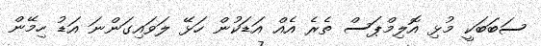
ސަބަބަކީ މުޅި އޮލިމްޕަސް ތެރެ އެއް އަޑަކުން ހަޅޭ ލަވައިގަންނަ އަޑު ހިމޭން